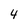
Character: 4